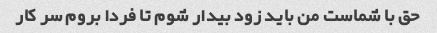
حق با شماست من باید زود بیدار شوم تا فردا بروم سر کار